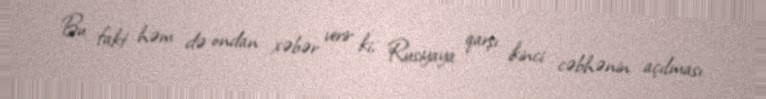
Bu fakt həm də ondan xəbər verir ki, Rusiyaya qarşı ikinci cəbhənin açılması